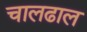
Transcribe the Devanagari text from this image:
चालढाल